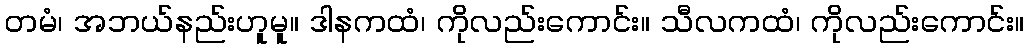
တမံ၊ အဘယ်နည်းဟူမူ။ ဒါနကထံ၊ ကိုလည်းကောင်း။ သီလကထံ၊ ကိုလည်းကောင်း။